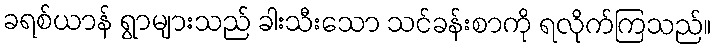
ခရစ်ယာန် ရွာများသည် ခါးသီးသော သင်ခန်းစာကို ရလိုက်ကြသည်။